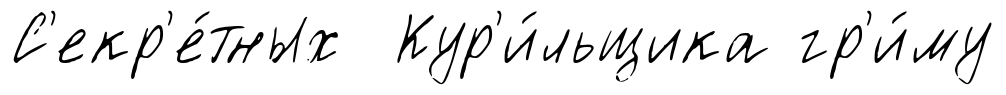
С'екр'е́тных Кур'и́льщика гр'и́му